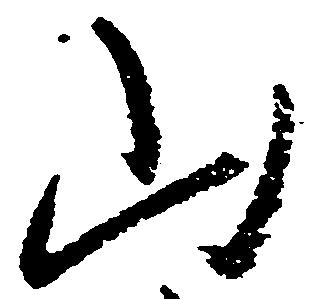
山